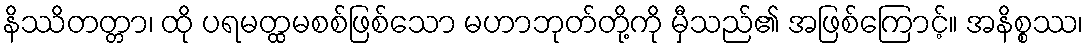
နိဿိတတ္တာ၊ ထို ပရမတ္ထမစစ်ဖြစ်သော မဟာဘုတ်တို့ကို မှီသည်၏ အဖြစ်ကြောင့်။ အနိစ္စဿ၊